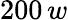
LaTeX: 200\, w